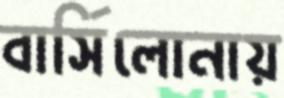
বার্সিলোনায়